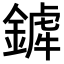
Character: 𨪨